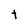
Character: t